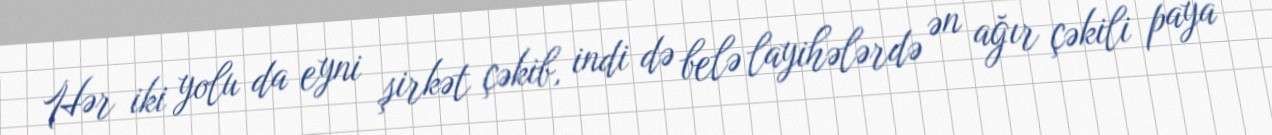
Hər iki yolu da eyni şirkət çəkib, indi də belə layihələrdə ən ağır çəkili paya